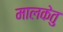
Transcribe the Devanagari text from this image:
मालकेतु